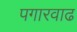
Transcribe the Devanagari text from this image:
पगारवाढ